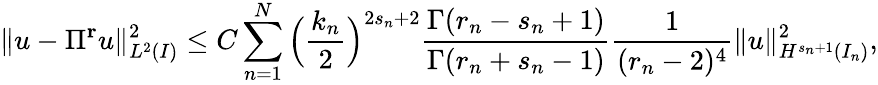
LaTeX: \| u-\Pi^{\mathbf{r}}u\| _{L^{2}(I)}^{2}\le C\displaystyle\sum_{n=1}^{N}\Big(\displaystyle\frac{k_{n}}{2}\Big)^{2s_{n}+2}\displaystyle\frac{\Gamma(r_{n}-s_{n}+1)}{\Gamma(r_{n}+s_{n}-1)}\displaystyle\frac{1}{(r_{n}-2)^{4}}\| u\| _{H^{s_{n}+1}(I_{n})}^{2},